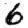
Digit: 6